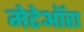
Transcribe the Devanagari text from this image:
मेटेऑरा